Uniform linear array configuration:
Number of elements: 4
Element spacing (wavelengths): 0.5
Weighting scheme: kaiser
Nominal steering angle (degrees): -45
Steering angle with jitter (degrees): -45.798
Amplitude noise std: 0.05
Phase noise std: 0.05

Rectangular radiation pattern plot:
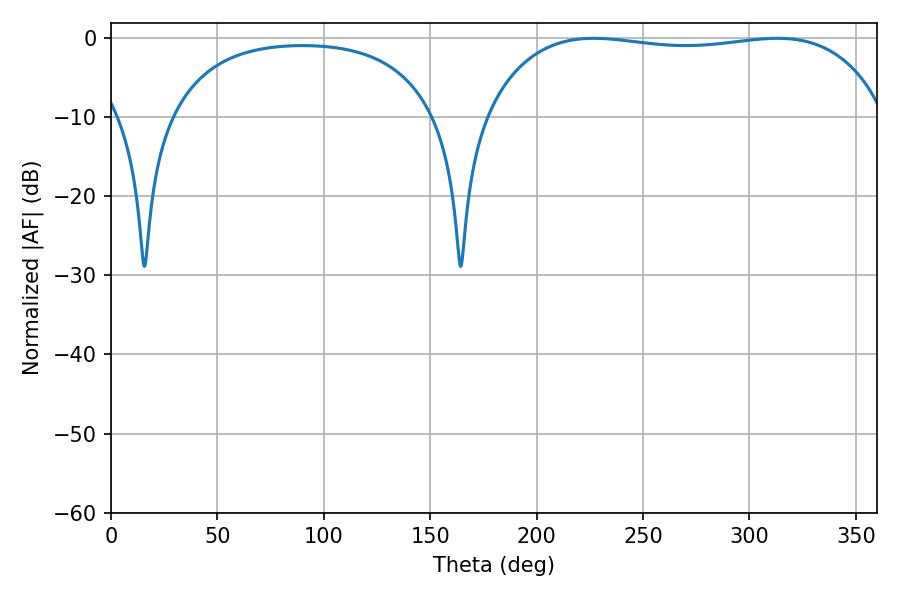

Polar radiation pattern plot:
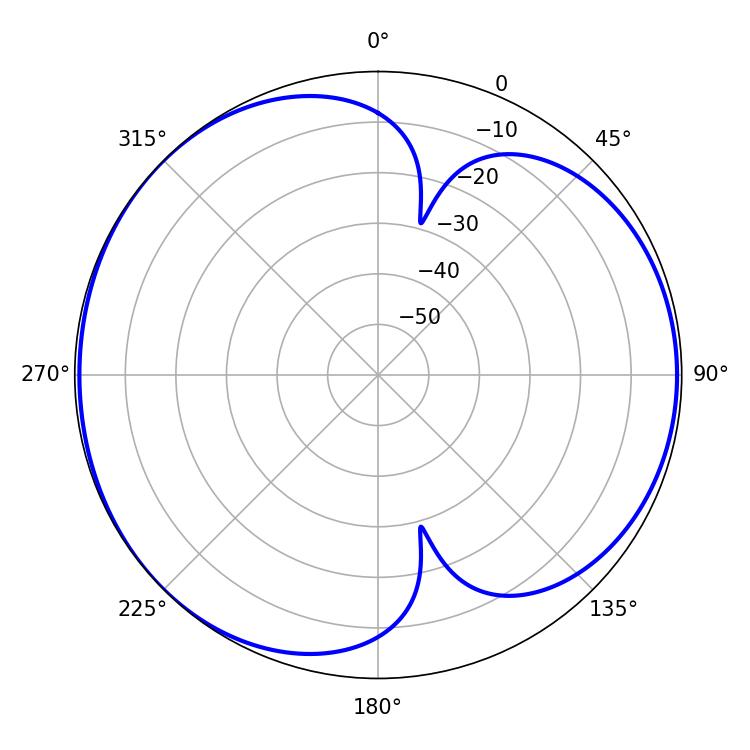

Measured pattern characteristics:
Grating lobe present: FALSE
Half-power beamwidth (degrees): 150.48
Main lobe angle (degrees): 226.8